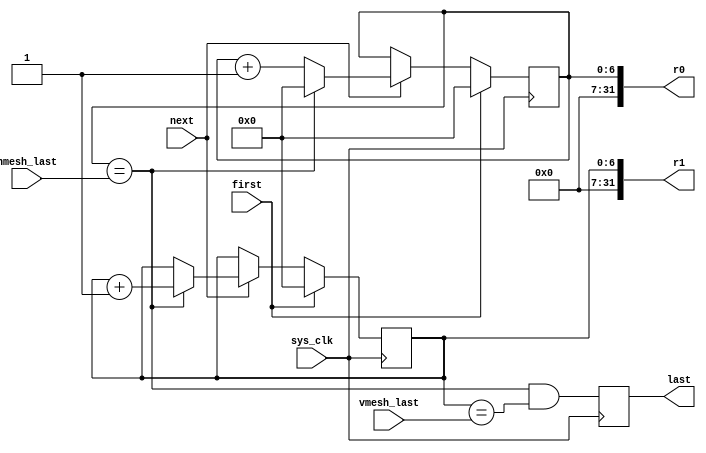
/*
 * Milkymist SoC
 * Copyright (C) 2007, 2008, 2009, 2010 Sebastien Bourdeauducq
 *
 * This program is free software: you can redistribute it and/or modify
 * it under the terms of the GNU General Public License as published by
 * the Free Software Foundation, version 3 of the License.
 *
 * This program is distributed in the hope that it will be useful,
 * but WITHOUT ANY WARRANTY; without even the implied warranty of
 * MERCHANTABILITY or FITNESS FOR A PARTICULAR PURPOSE.  See the
 * GNU General Public License for more details.
 *
 * You should have received a copy of the GNU General Public License
 * along with this program.  If not, see <http://www.gnu.org/licenses/>.
 */

module pfpu_counters(
	input sys_clk,
	
	input first,
	input next,

	input [6:0] hmesh_last,
	input [6:0] vmesh_last,
	
	output [31:0] r0,
	output [31:0] r1,
	output reg last
);

reg [6:0] r0r;
assign r0 = {25'd0, r0r};
reg [6:0] r1r;
assign r1 = {25'd0, r1r};

always @(posedge sys_clk) begin
	if(first) begin
		r0r <= 7'd0;
		r1r <= 7'd0;
	end else if(next) begin
		if(r0r == hmesh_last) begin
			r0r <= 7'd0;
			r1r <= r1r + 7'd1;
		end else
			r0r <= r0r + 7'd1;
	end
end

/* Having some latency in the generation of "last"
 * is not a problem, because DMA is never immediately
 * triggered after "first" or "next" has been
 * asserted.
 */
always @(posedge sys_clk)
	last <= (r0r == hmesh_last) & (r1r == vmesh_last);

endmodule